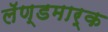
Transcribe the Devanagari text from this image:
लॅण्डमार्क